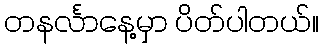
တနင်္လာနေ့မှာ ပိတ်ပါတယ်။